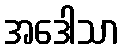
အဒေါသာ